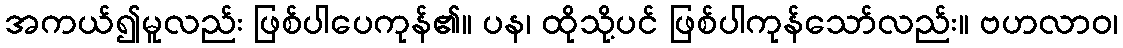
အကယ်၍မူလည်း ဖြစ်ပါပေကုန်၏။ ပန၊ ထိုသို့ပင် ဖြစ်ပါကုန်သော်လည်း။ ဗဟလာဝ၊